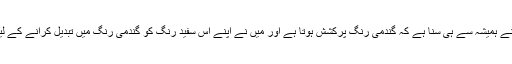
ان کا کہنا تھا کہ ہم نے ہمیشہ سے ہی سنا ہے کہ گندمی رنگ پرکشش ہوتا ہے اور میں نے اپنے اس سفید رنگ کو گندمی رنگ میں تبدیل کرانے کے لیے کیا کچھ نہیں کیا۔